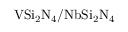
\mathrm { V S i _ { 2 } N _ { 4 } / N b S i _ { 2 } N _ { 4 } }